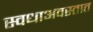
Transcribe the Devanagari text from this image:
स्वधाअवस्तात